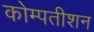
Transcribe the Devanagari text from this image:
कोम्पतीशन